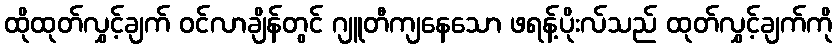
ထိုထုတ်လွှင့်ချက် ဝင်လာချိန်တွင် ဂျူတီကျနေသော ဖရန့်ပိုးလ်သည် ထုတ်လွှင့်ချက်ကို